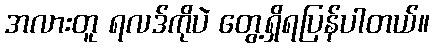
အလားတူ ရလဒ်ကိုပဲ တွေ့ရှိရပြန်ပါတယ်။